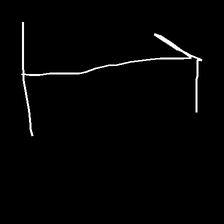
Glyph: levitation